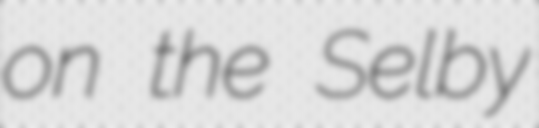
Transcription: on the Selby